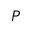
P